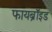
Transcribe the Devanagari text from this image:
फायब्रॉइड